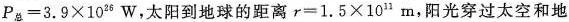
$$P _ { 总 } = 3 . 9 × 1 0 ^ { 2 6 } W$$，太阳到地球的距离$$r = 1 . 5 × 1 0^{11}m$$，阳光穿过太空和地